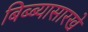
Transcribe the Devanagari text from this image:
बिब्ब्यासारखे